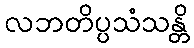
လဘတိပ္ပသံသန္တိ